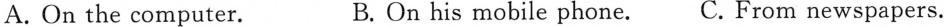
A. On the computer. B.On his mobile phone. C. From newspapers.